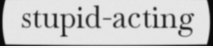
stupid-acting